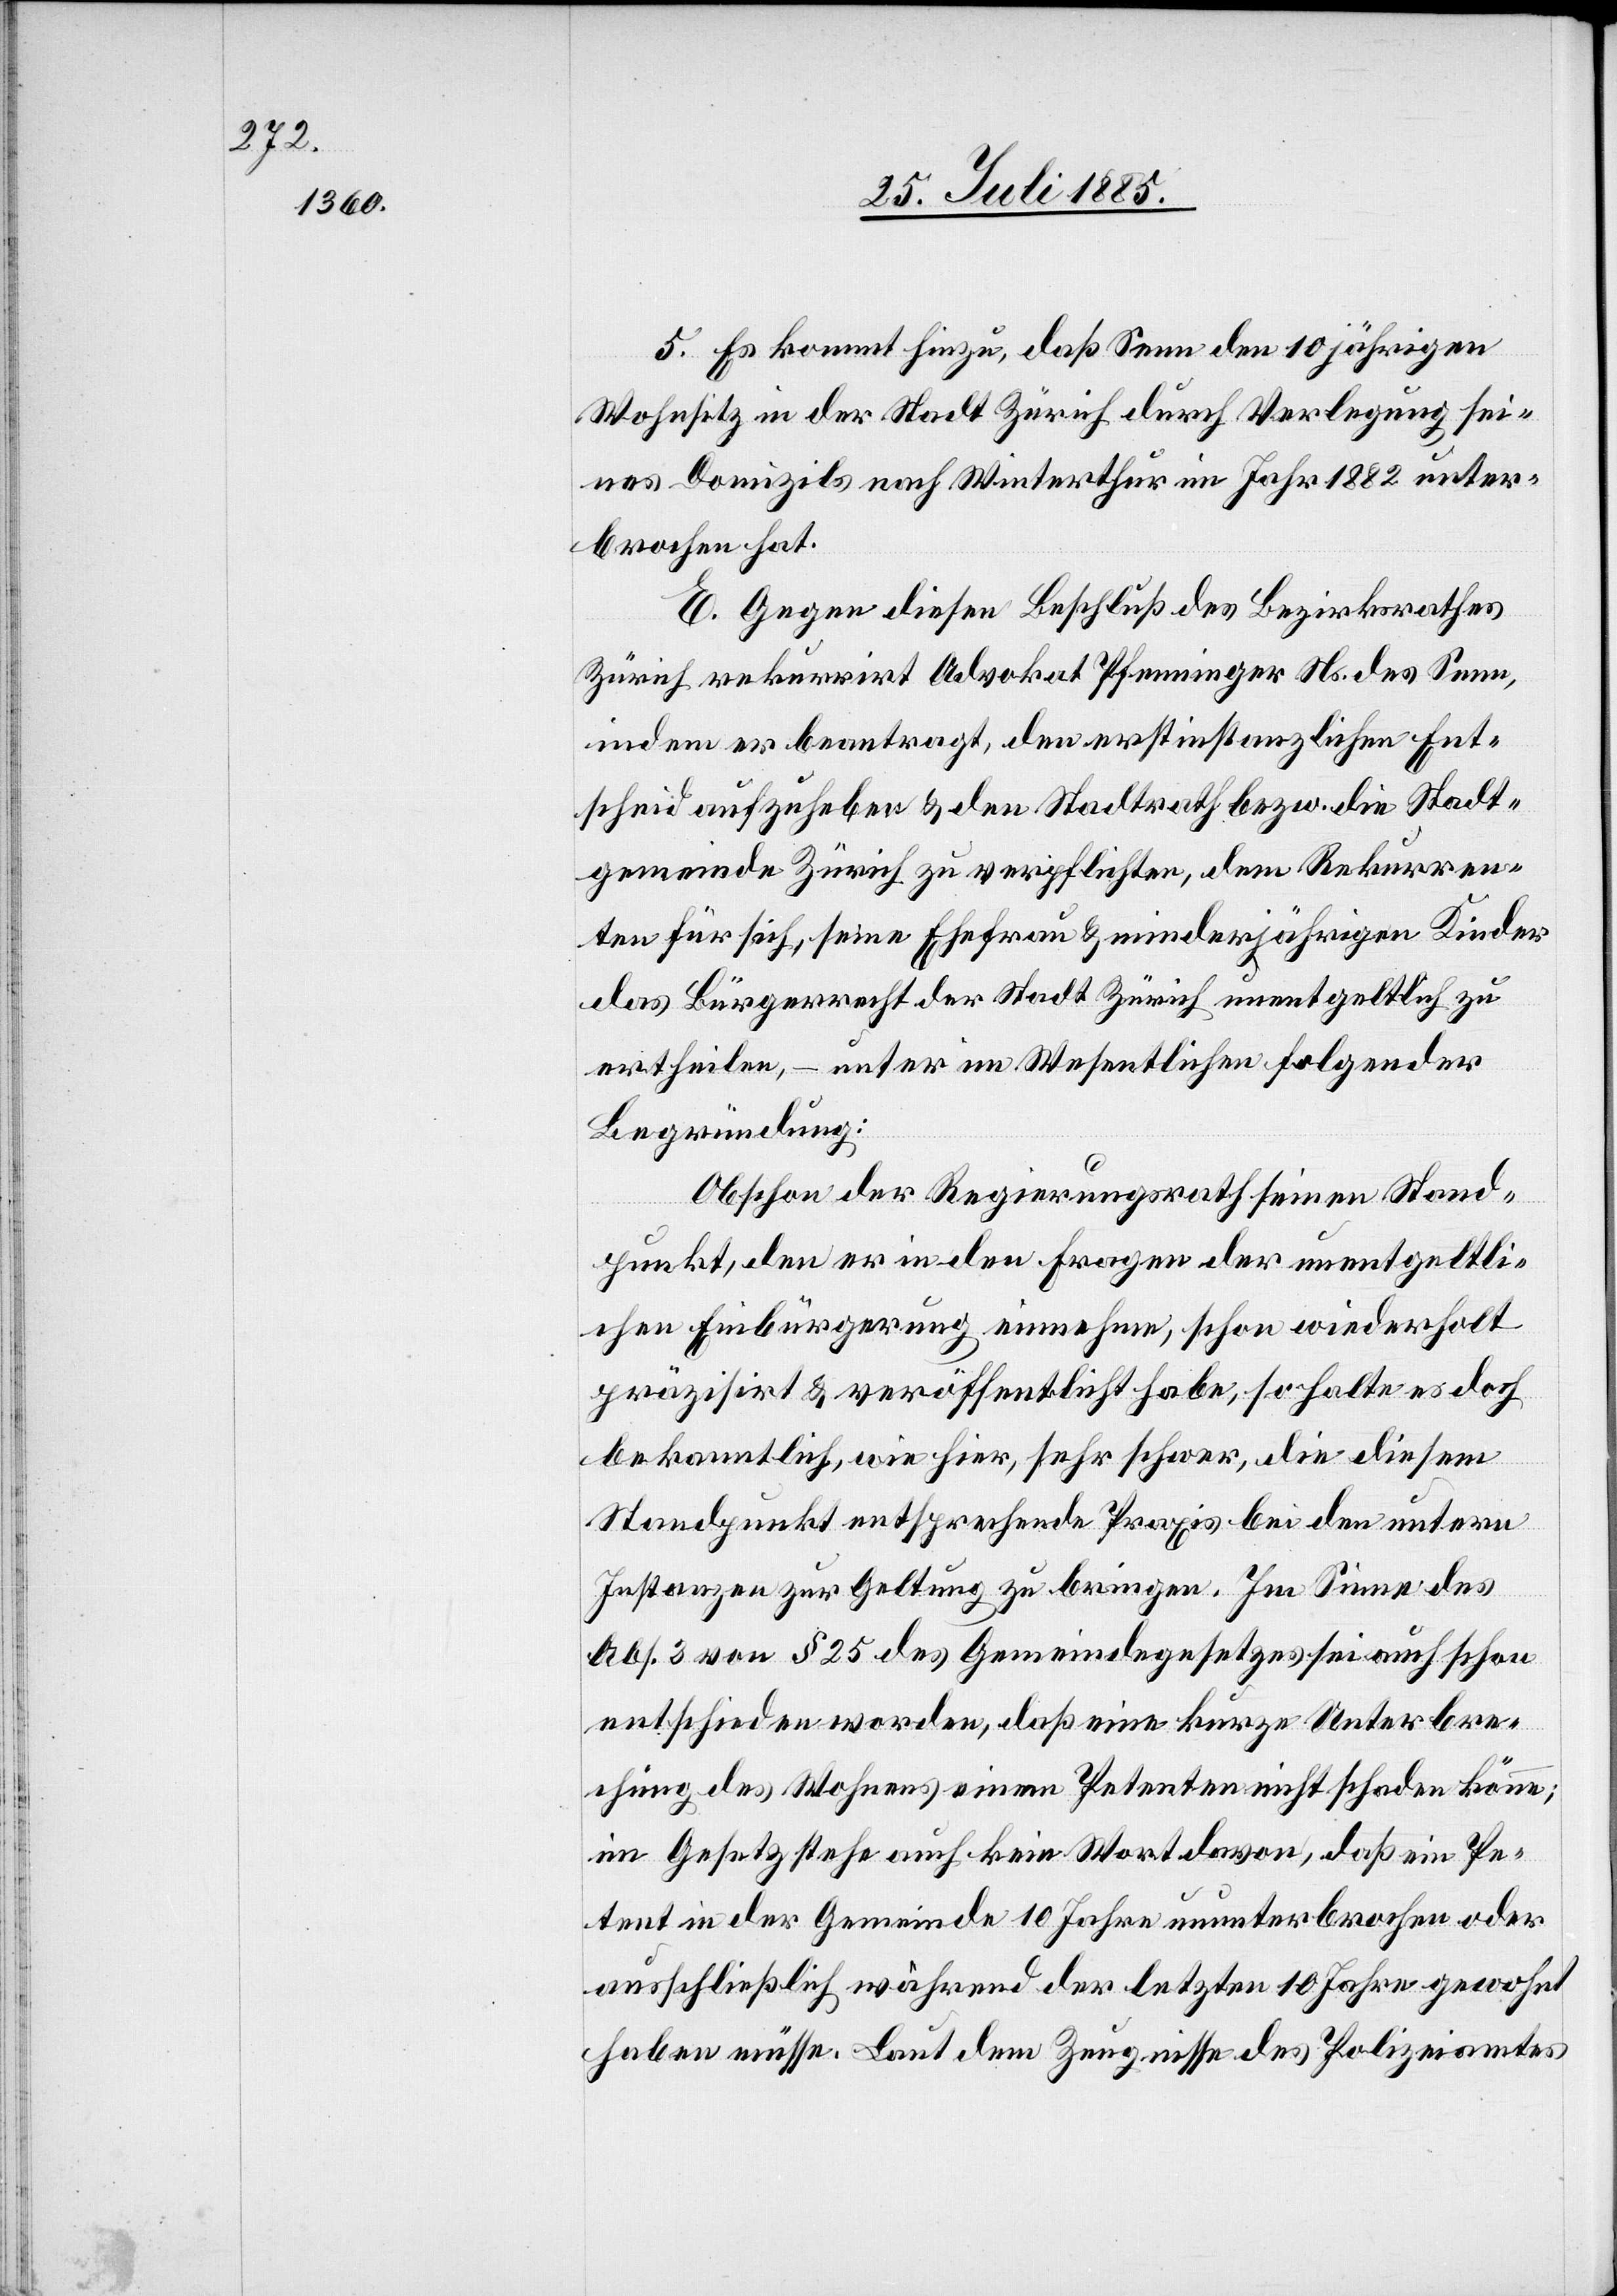
5. Es kommt hinzu, daß Senn den 10jährigen
Wohnsitz in der Stadt Zürich durch Verlegung sei¬
nes Domizils nach Winterthur im Jahr 1882 unter¬
brochen hat.
E. Gegen diesen Beschluß des Bezirksrathes
Zürich rekurrirt Advokat Pfenninger Ns. des Senn,
indem er beantragt, den erstinstanzlichen Ent¬
scheid aufzuheben & den Stadtrath bezw. die Stadt¬
gemeinde Zürich zu verpflichten, dem Rekurren¬
ten für sich, seine Ehefrau & minderjährigen Kinder
das Bürgerrecht der Stadt Zürich unentgeltlich zu
ertheilten, – unter im Wesentlichen folgender
Begründung:
Obschon der Regierungsrath seinen Stand¬
punkt, den er in den Fragen der unentgeltli¬
chen Einbürgerung einnehme, schon wiederholt
präzisirt & veröffentlicht habe, so halte es doch
bekanntlich, wie hier, sehr schwer, die diesem
Standpunkt entsprechende Praxis bei den untern
Instanzen zur Geltung zu bringen. Im Sinne des
Abs. 3 von § 25 des Gemeindegesetzes sei auch schon
entscheiden worden, daß eine kurze Unterbre¬
chung des Wohnens einem Petenten nicht schaden könne;
im Gesetz stehe auch kein Wort davon, daß ein Pe¬
tent in der Gemeinde 10 Jahre ununterbrochen oder
ausschließlich während der letzten 10 Jahre gewohnt
haben müsse. Laut dem Zeugnisse des Polizeiamtes